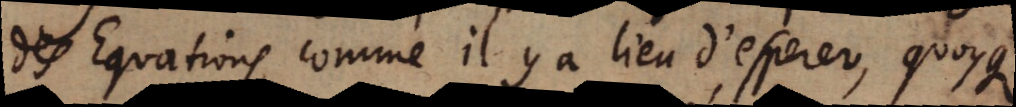
des Equations comme il y a lieu d’esperer, quoyque